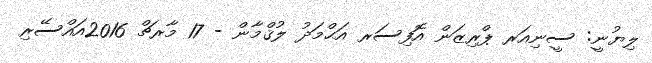
ލިޔުނީ: ސީނިއަރ ޕްރިޒަން އޮފިސަރ އަޙްމަދު ލުޤްމާން - 17 މާރޗް 2016އައްސޭރި